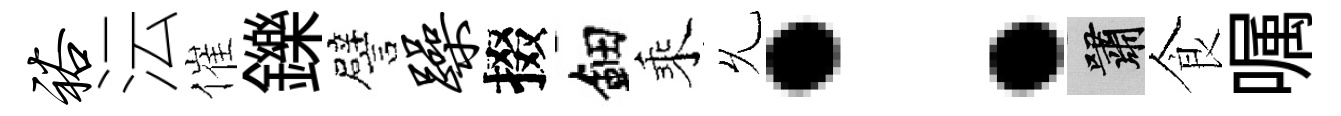
裕沄催鑠譬躁掇鈿乘𠃔：嘯食嘱